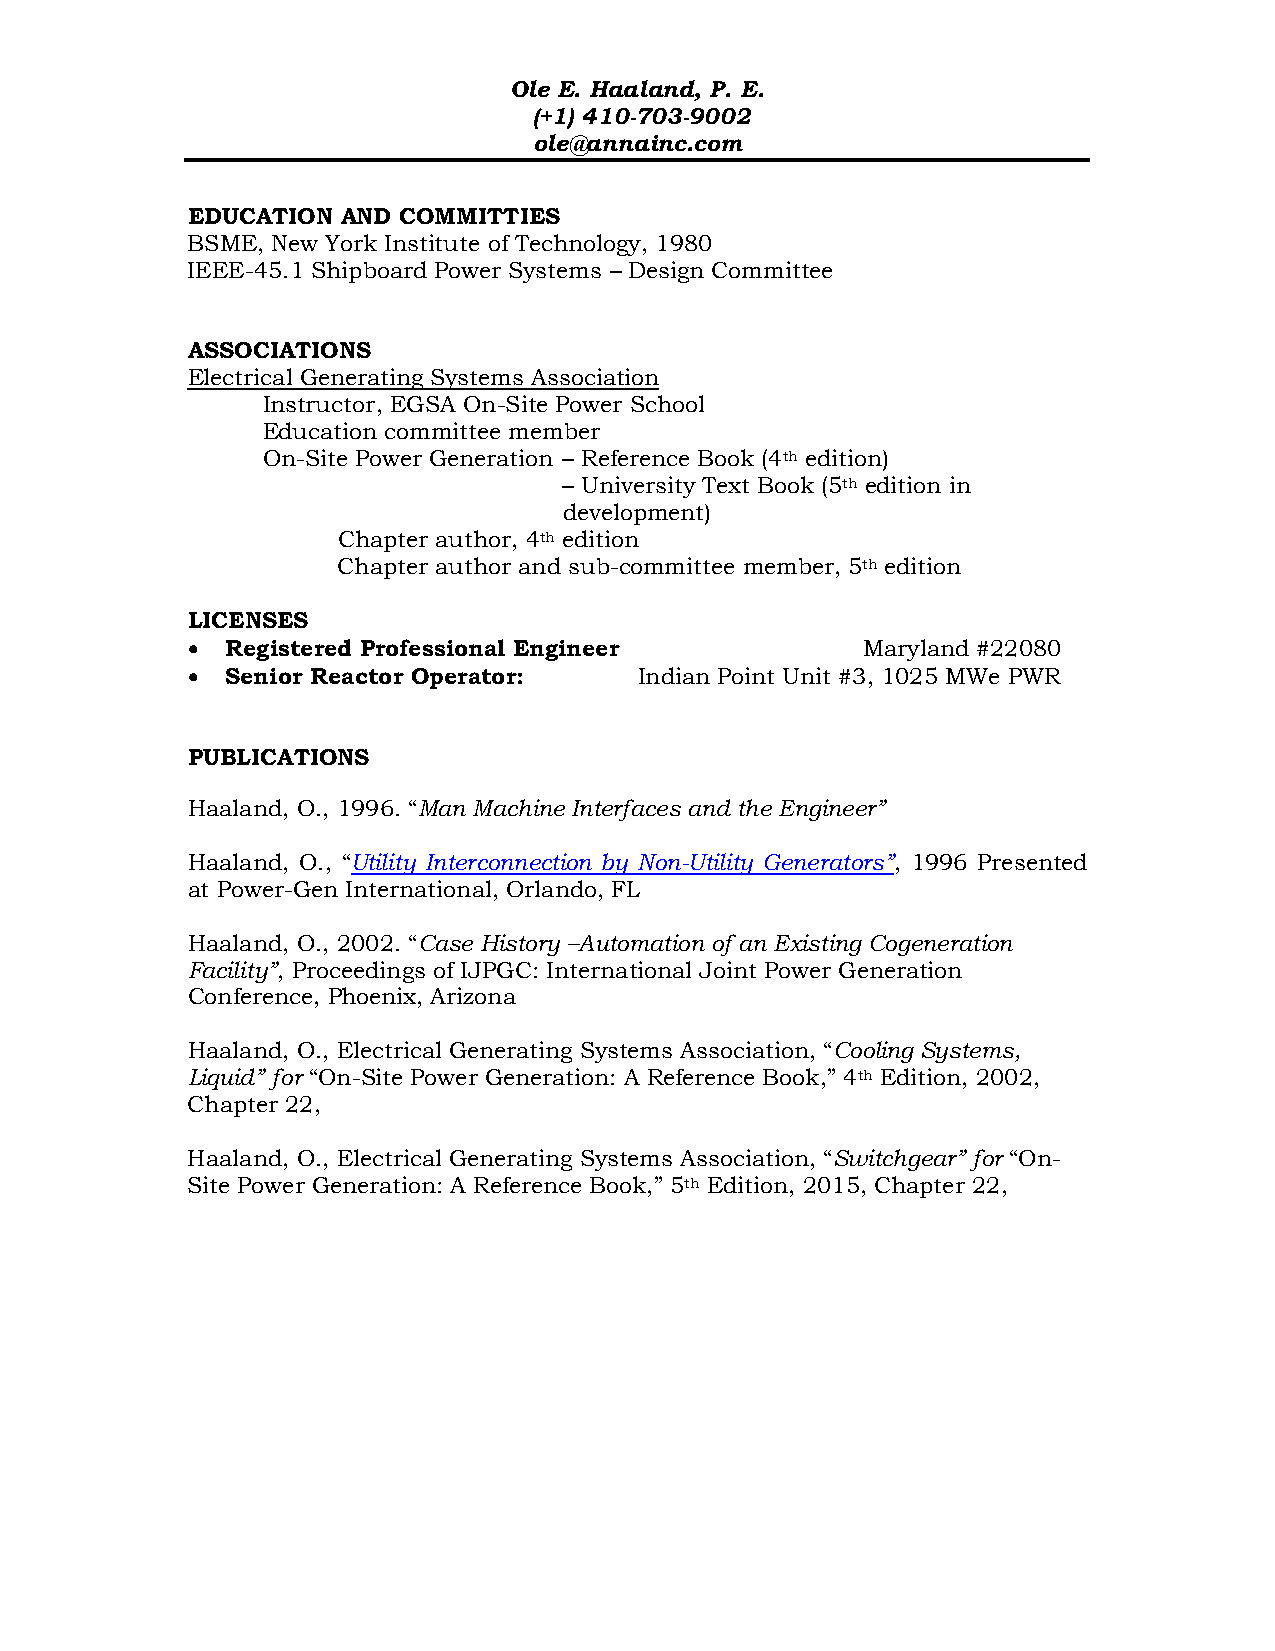
Ole E. Haaland, P. E.
 (+1) 410-703-9002
 ole@annainc.com
 EDUCATION  AND COMMITTIES
 BSME, New York Institute of Technology, 1980
 IEEE-45.1 Shipboard Power Systems – Design Committee
 ASSOCIATIONS
 Electrical Generating Systems Association
 Instructor, EGSA On-Site Power School
 Education committee member
 On-Site Power Generation – Reference Book (4th edition)
 – University Text Book (5th edition in
 development)
 Chapter author, 4th edition
 Chapter author and sub-committee member, 5th edition
 LICENSES
 •  Registered Professional Engineer          Maryland #22080
 •  Senior Reactor Operator:   Indian Point Unit #3, 1025 MWe PWR
 PUBLICATIONS
 Haaland, O., 1996. “Man Machine Interfaces and the Engineer”
 Haaland, O., “Utility Interconnection by Non-Utility Generators”, 1996 Presented
 at Power-Gen International, Orlando, FL
 Haaland, O., 2002. “Case History –Automation of an Existing Cogeneration
 Facility”, Proceedings of IJPGC: International Joint Power Generation
 Conference, Phoenix, Arizona
 Haaland, O., Electrical Generating Systems Association, “Cooling Systems,
 Liquid” for “On-Site Power Generation: A Reference Book,” 4th Edition, 2002,
 Chapter 22,
 Haaland, O., Electrical Generating Systems Association, “Switchgear” for “On-
 Site Power Generation: A Reference Book,” 5th Edition, 2015, Chapter 22,